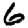
Digit: 6